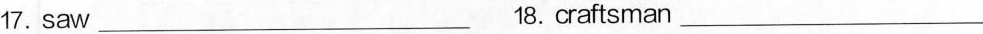
17.saw_ 18.craftsman_